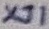
Text: XJ1